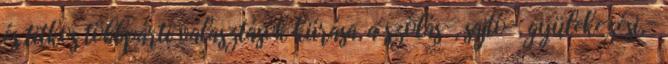
és titkos többpárti választások kiírása, a szólás-, sajtó-, gyülekezési,-